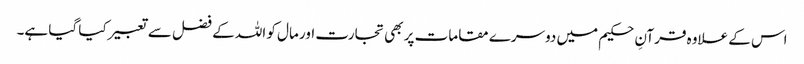
اس کے علاوہ قرآنِ حکیم میں دوسرے مقامات پر بھی تجارت اور مال کو اللہ کے فضل سے تعبیر کیا گیا ہے۔